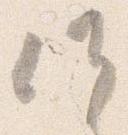
候